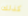
كذلك